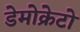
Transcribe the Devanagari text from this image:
डेमोक्रेटो